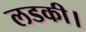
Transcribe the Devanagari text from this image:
लडकी।